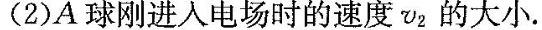
(2)A球刚进入电场时的速度v_{2}的大小。